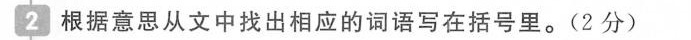
2根据意思从文中找出相应的词语写在括号里。(2分)